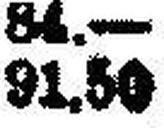
91.50